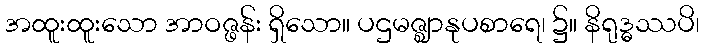
အထူးထူးသော အာဝဇ္ဖန်း ရှိသော။ ပဌမဇ္ဈာနုပစာရေ၊ ၌။ နိရုဒ္ဓဿပိ၊